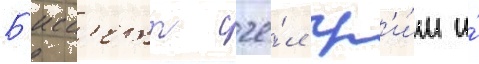
Б'исс'етт сче́л гр'и́м и́